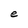
Character: e